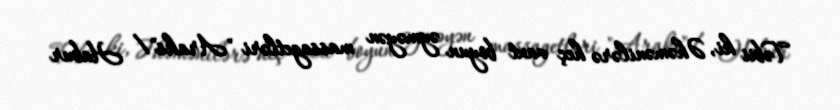
Təbii ki, Əhəmənilərə heç vaxt boyun əyməyən massagetləri "Araks"/ Habur